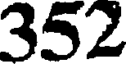
352